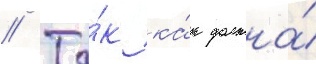
// Та́к ка́к должна́